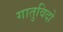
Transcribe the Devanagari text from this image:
गातुविदो